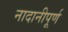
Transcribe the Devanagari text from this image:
नादानीपूर्ण